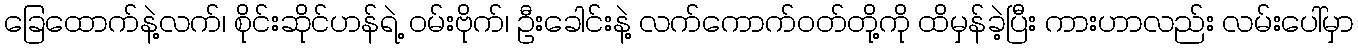
ခြေထောက်နဲ့လက်၊ စိုင်းဆိုင်ဟန်ရဲ့ ၀မ်းဗိုက်၊ ဦးခေါင်းနဲ့ လက်ကောက်၀တ်တို့ကို ထိမှန်ခဲ့ပြီး ကားဟာလည်း လမ်းပေါ်မှာ